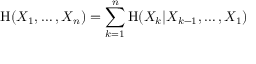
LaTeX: \mathrm { H } ( X _ { 1 } , \dots , X _ { n } ) = \sum _ { k = 1 } ^ { n } \mathrm { H } ( X _ { k } | X _ { k - 1 } , \dots , X _ { 1 } )